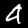
Label: 4